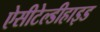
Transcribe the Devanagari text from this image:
ऐसीटेल्डीहाइड